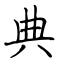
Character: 典